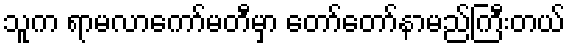
သူက ရာမလာကော်မတီမှာ တော်တော်နာမည်ကြီးတယ်